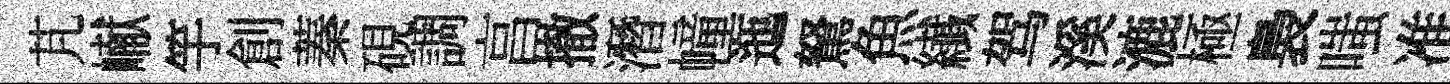
芃𪩘竽創蓁硯調亯撤潛幢迤駑魚纎驾溪漉極裊嗤准